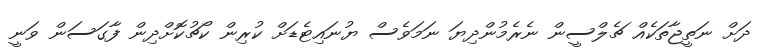
ދަށް ނަތީޖާތަކެއް ޗެލްސީން ނެރެމުންދިޔަ ނަމަވެސް ޔުނައިޓެޑަށް ކުރިން ކޯޗުކޮށްދިން ފާގަސަން ވަނީ